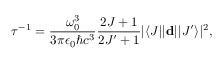
\tau ^ { - 1 } = \frac { \omega _ { 0 } ^ { 3 } } { 3 \pi \epsilon _ { 0 } \hbar c ^ { 3 } } \frac { 2 J + 1 } { 2 J ^ { \prime } + 1 } | \langle J | | \mathbf { d } | | J ^ { \prime } \rangle | ^ { 2 } ,